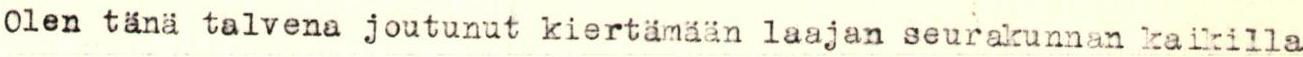
Olen tänä talvena joutunut kiertämään laajan seurakunnan kaikilla